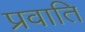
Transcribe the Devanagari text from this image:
प्रवाति